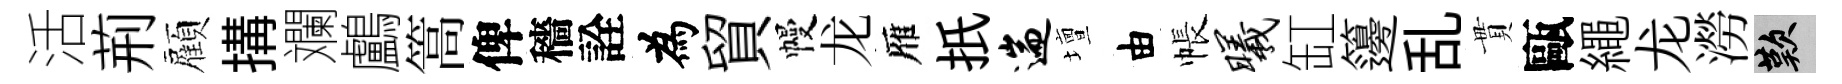
活荊顏搆斕鸕篙俾穡詮為貿幔龙雁扺遄壇由帳曦缸籩乱貫甌繩龙澇嘆